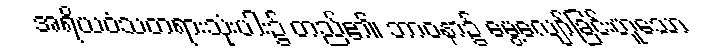
အရိယဝံသတရားသုံးပါး၌ တည်၏၊ ဘာဝနာ၌ မွေ့လျော်ခြင်းဟူသော